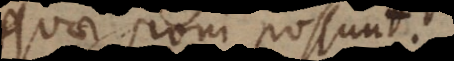
quae poni possunt.